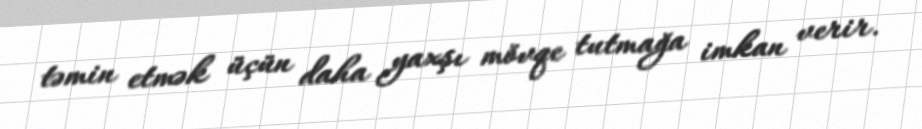
təmin etmək üçün daha yaxşı mövqe tutmağa imkan verir.